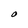
Character: O